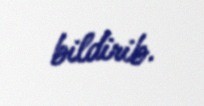
bildirib.